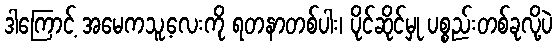
ဒါကြောင့် အမေကသူ့လေးကို ရတနာတစ်ပါး၊ ပိုင်ဆိုင်မှု ပစ္စည်းတစ်ခုလို့ပဲ